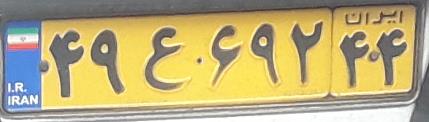
۴۹ع۶۹۲۴۴